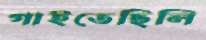
গাইতেছিলি